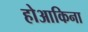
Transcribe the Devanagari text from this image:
होआकिना